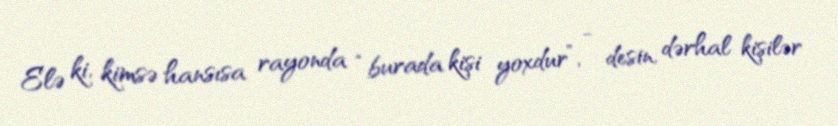
Elə ki, kimsə hansısa rayonda “burada kişi yoxdur”, - desin, dərhal kişilər